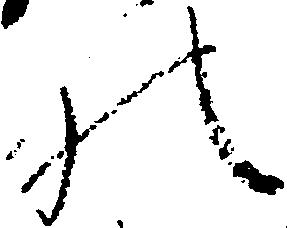
の